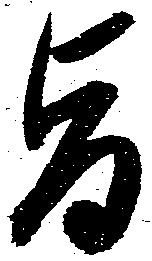
旨